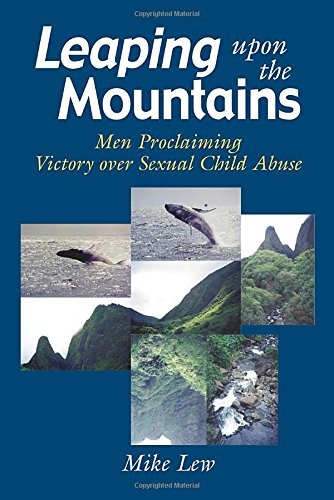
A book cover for Leaping Upon the Mountains: Men Proclaiming Victory over Sexual Child Abuse; Mike Lew; Health, Fitness & Dieting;